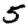
Digit: 5